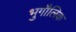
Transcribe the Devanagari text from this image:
भुगौलिक